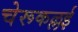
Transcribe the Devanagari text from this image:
चेरूकल्लई